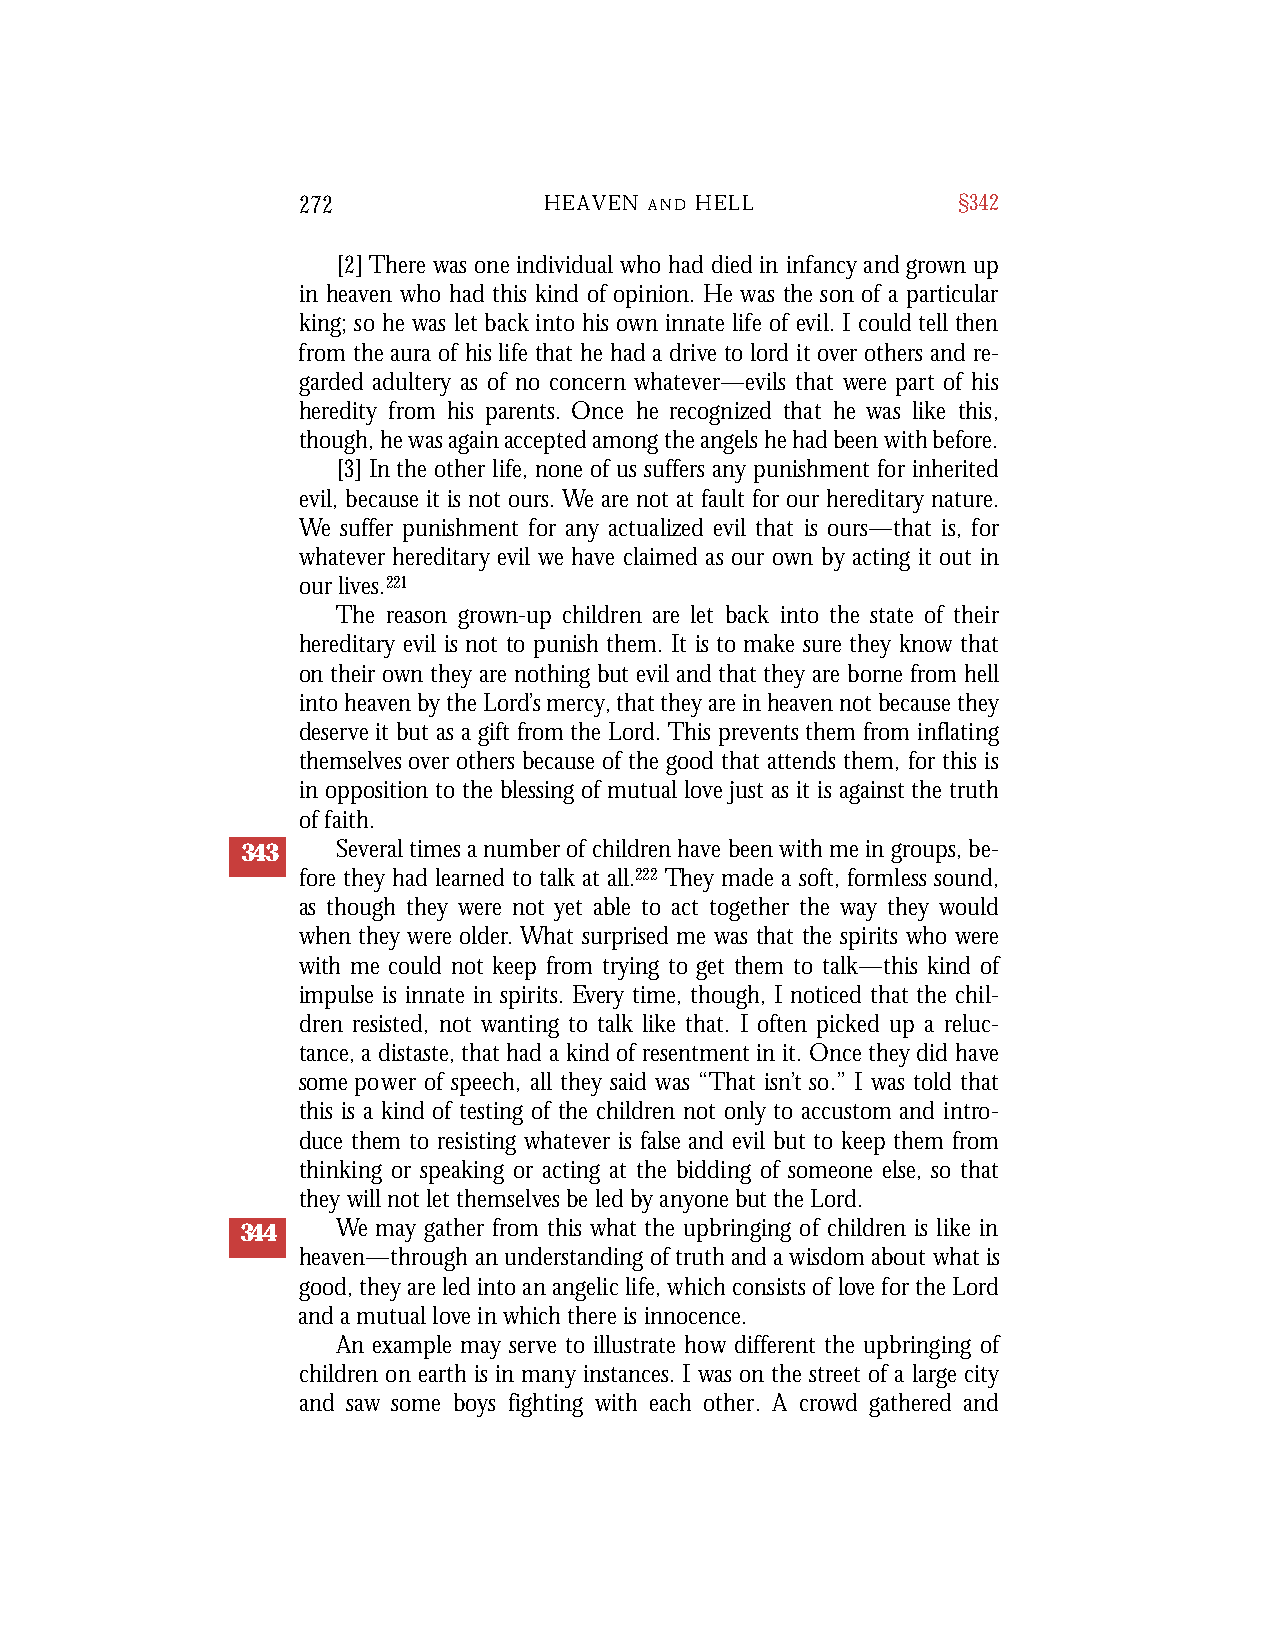
272             HEAVEN A N D H E L L       §342
 [2]There was oneindividual who had diedin infancy and grown up
 in heaven who had this kind of opinion. He was the son of a particular
 king; so he was let back into his own innate life of evil. I could tell then
 from theaura of hislife that he hada drive to lord it over others and re-
 garded adultery as of no concern whatever—evils that were part of his
 heredity from his parents. Once he recognized that he was like this,
 though,hewasagainacceptedamongtheangelshehadbeenwithbefore.
 [3] In the other life, none of us suffers any punishment for inherited
 evil, because it is not ours. We are not at fault for our hereditary nature.
 We suffer punishment for any actualized evil that is ours—that is, for
 whatever hereditary evil we have claimed as our own by acting it out in
 our lives.221
 The reason grown-up children are let back into the state of their
 hereditary evil is not to punish them. It is to make sure they know that
 on their own they are nothing but evil and that they are borne from hell
 into heaven by the Lord’s mercy, that they are in heaven not because they
 deserve it but as a gift from the Lord. This prevents them from inflating
 themselves over others because of the good that attends them, for this is
 in opposition to the blessing of mutual love just as it is against the truth
 of faith.
 343   Several times a number of children have been with me in groups, be-
 fore they had learned to talk at all.222 They made a soft, formless sound,
 as though they were not yet able to act together the way they would
 when they were older. What surprised me was that the spirits who were
 with me could not keep from trying to get them to talk—this kind of
 impulse is innate in spirits. Every time, though, I noticed that the chil-
 dren resisted, not wanting to talk like that. I often picked up a reluc-
 tance, a distaste, that had a kind of resentment in it. Once they did have
 some power of speech, all they said was “That isn’t so.” I was told that
 this is a kind of testing of the children not only to accustom and intro-
 duce them to resisting whatever is false and evil but to keep them from
 thinking or speaking or acting at the bidding of someone else, so that
 they will not let themselves be led by anyone but the Lord.
 344   We may gather from this what the upbringing of children is like in
 heaven—through an understanding of truth and a wisdom about what is
 good, they are led into an angelic life, which consists of love for the Lord
 and a mutual love in which there is innocence.
 An example may serve to illustrate how different the upbringing of
 children on earth is in many instances. I was on the street of a large city
 and saw some boys fighting with each other. A crowd gathered and